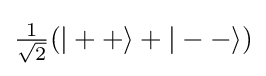
{\tfrac {1}{\sqrt {2}}}(|++\rangle +|--\rangle )